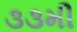
૩૩મી